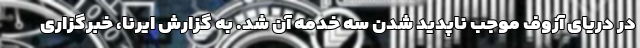
در دریای آزوف موجب ناپدید شدن سه خدمه آن شد. به گزارش ایرنا، خبرگزاری